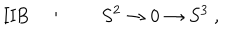
LaTeX: \mathrm { I I B } \quad : \qquad S ^ { 2 } \to 0 \to S ^ { 3 } ~ ,